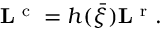
{ \bf L } ^ { \mathrm { ~ c ~ } } = h ( \bar { \xi } ) { \bf L } ^ { \mathrm { ~ r ~ } } .